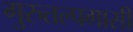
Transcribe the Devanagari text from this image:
गुरुतल्पगासी